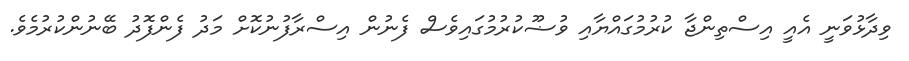
ވިދާޅުވަނީ އެއީ އިސްތިންޖާ ކުރުމުގައްޔާއި ވުޟޫކުރުމުގައިވެސް ފެނުން އިސްރާފުނުކޮށް މަދު ފެންފޮދު ބޭނުންކުރުމެވެ.